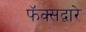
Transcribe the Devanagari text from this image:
फॅक्सद्वारे